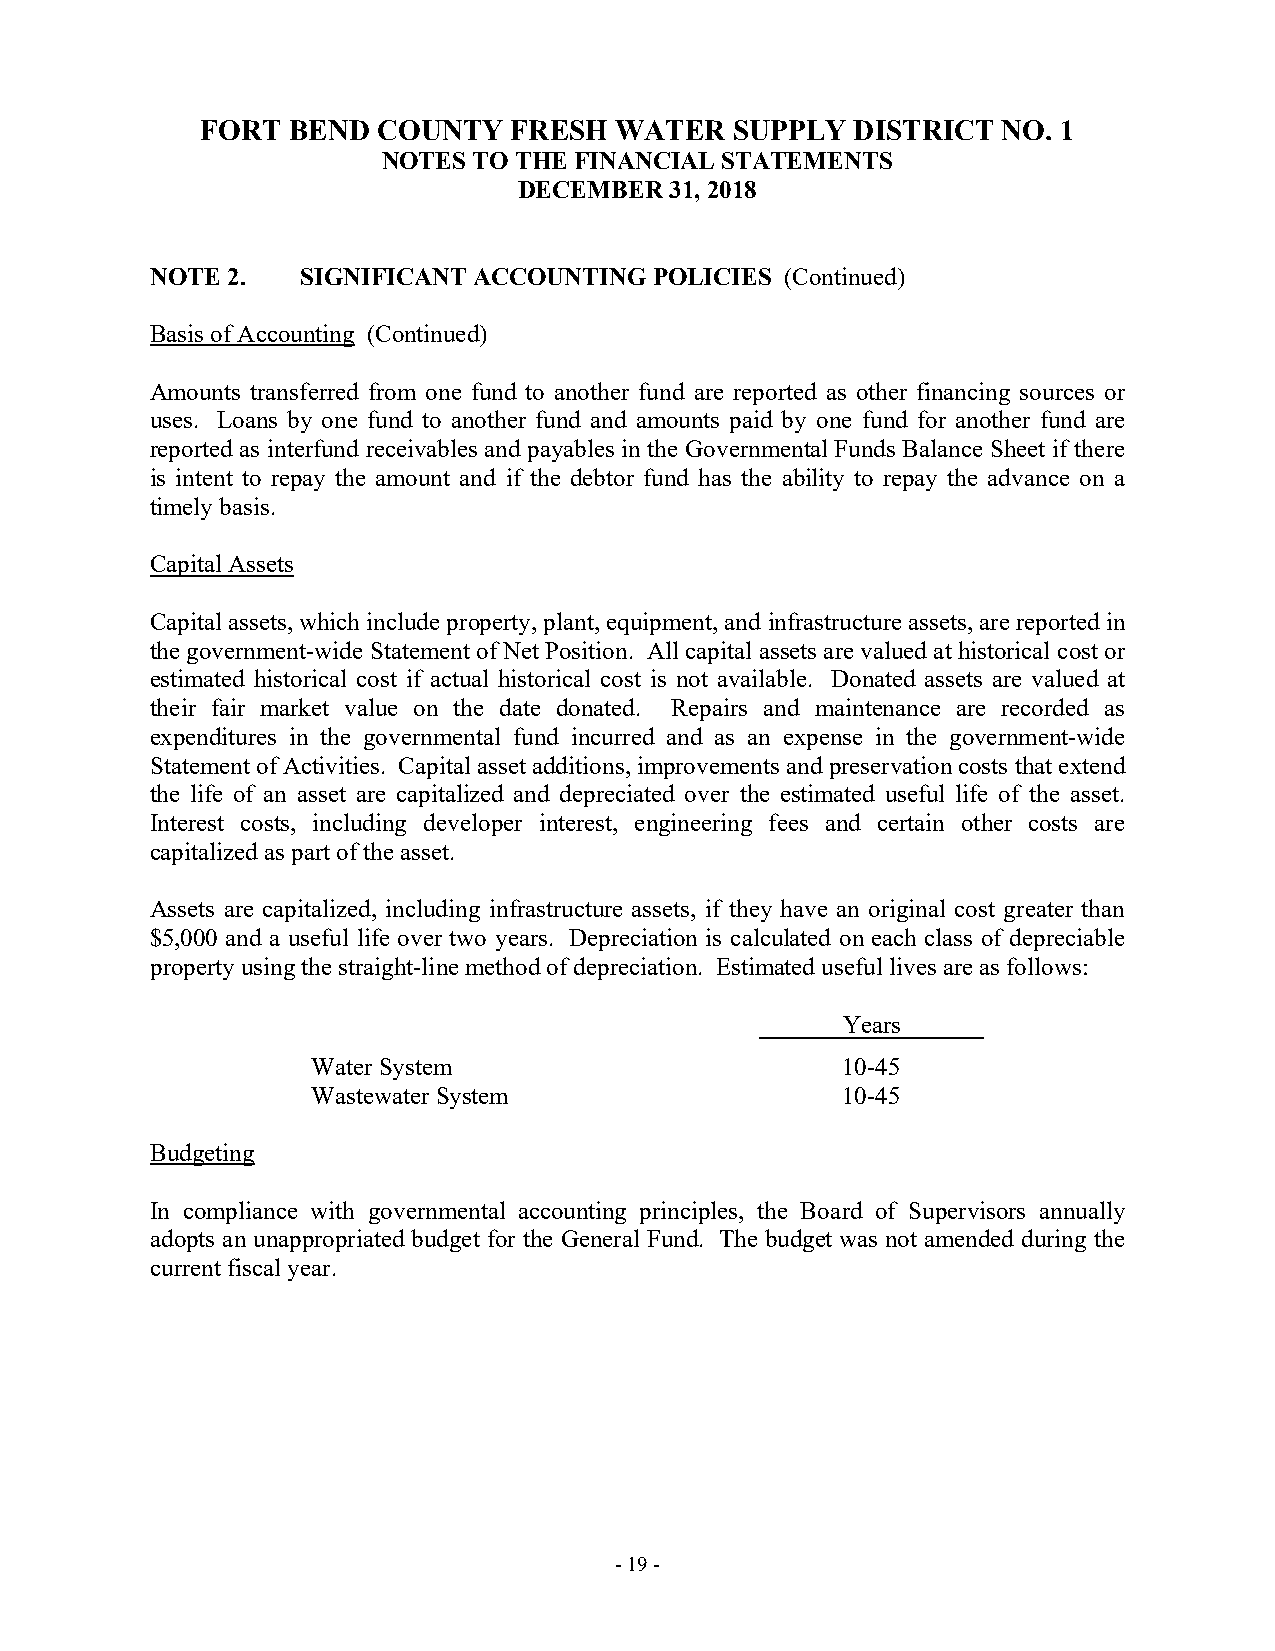
FORT  BEND  COUNTY   FRESH  WATER   SUPPLY  DISTRICT NO. 1
 NOTES TO THE FINANCIAL STATEMENTS
 DECEMBER  31, 2018
 NOTE 2.   SIGNIFICANT ACCOUNTING POLICIES (Continued)
 Basis of Accounting (Continued)
 Amounts transferred from one fund to another fund are reported as other financing sources or
 uses. Loans by one fund to another fund and amounts paid by one fund for another fund are
 reported as interfund receivables and payables in the Governmental Funds Balance Sheet if there
 is intent to repay the amount and if the debtor fund has the ability to repay the advance on a
 timely basis.
 Capital Assets
 Capital assets, which include property, plant, equipment, and infrastructure assets, are reported in
 the government-wide Statement of Net Position. All capital assets are valued at historical cost or
 estimated historical cost if actual historical cost is not available. Donated assets are valued at
 their fair market value on the date donated. Repairs and maintenance are recorded as
 expenditures in the governmental fund incurred and as an expense in the government-wide
 Statement of Activities. Capital asset additions, improvements and preservation costs that extend
 the life of an asset are capitalized and depreciated over the estimated useful life of the asset.
 Interest costs, including developer interest, engineering fees and certain other costs are
 capitalized as part of the asset.
 Assets are capitalized, including infrastructure assets, if they have an original cost greater than
 $5,000 and a useful life over two years. Depreciation is calculated on each class of depreciable
 property using the straight-line method of depreciation. Estimated useful lives are as follows:
 Years
 Water System                       10-45
 Wastewater System                  10-45
 Budgeting
 In compliance with governmental accounting principles, the Board of Supervisors annually
 adopts an unappropriated budget for the General Fund. The budget was not amended during the
 current fiscal year.
 - 19 -